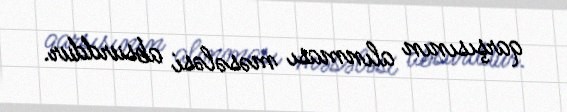
qarşısının alınması məsələsi absurddur.